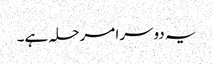
یہ دوسرا مرحلہ ہے۔